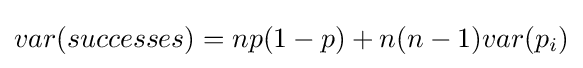
var(successes)=np(1-p)+n(n-1)var(p_{i})